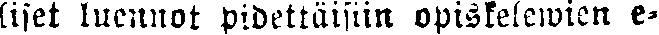
liset luennot pidettäisiin opiskelewien e-